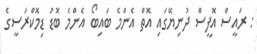
: ރައީސް އޮފީސް ދުނިޔޭގައި އޮތް އެންމެ ބައިބޯ އެންމެ ބޮޑު ޑިމޮކްރަސީގެ